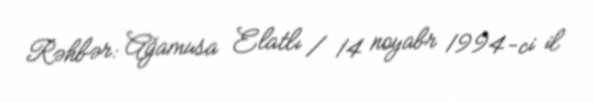
Rəhbər: Ağamusa Elatlı / 14 noyabr 1994-ci il